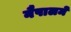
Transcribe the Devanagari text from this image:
नैपालमें